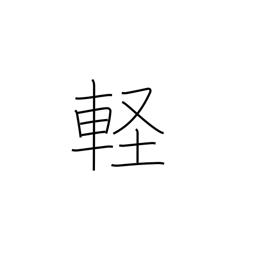
Meaning: trifling